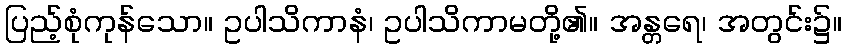
ပြည့်စုံကုန်သော။ ဥပါသိကာနံ၊ ဥပါသိကာမတို့၏။ အန္တရေ၊ အတွင်း၌။